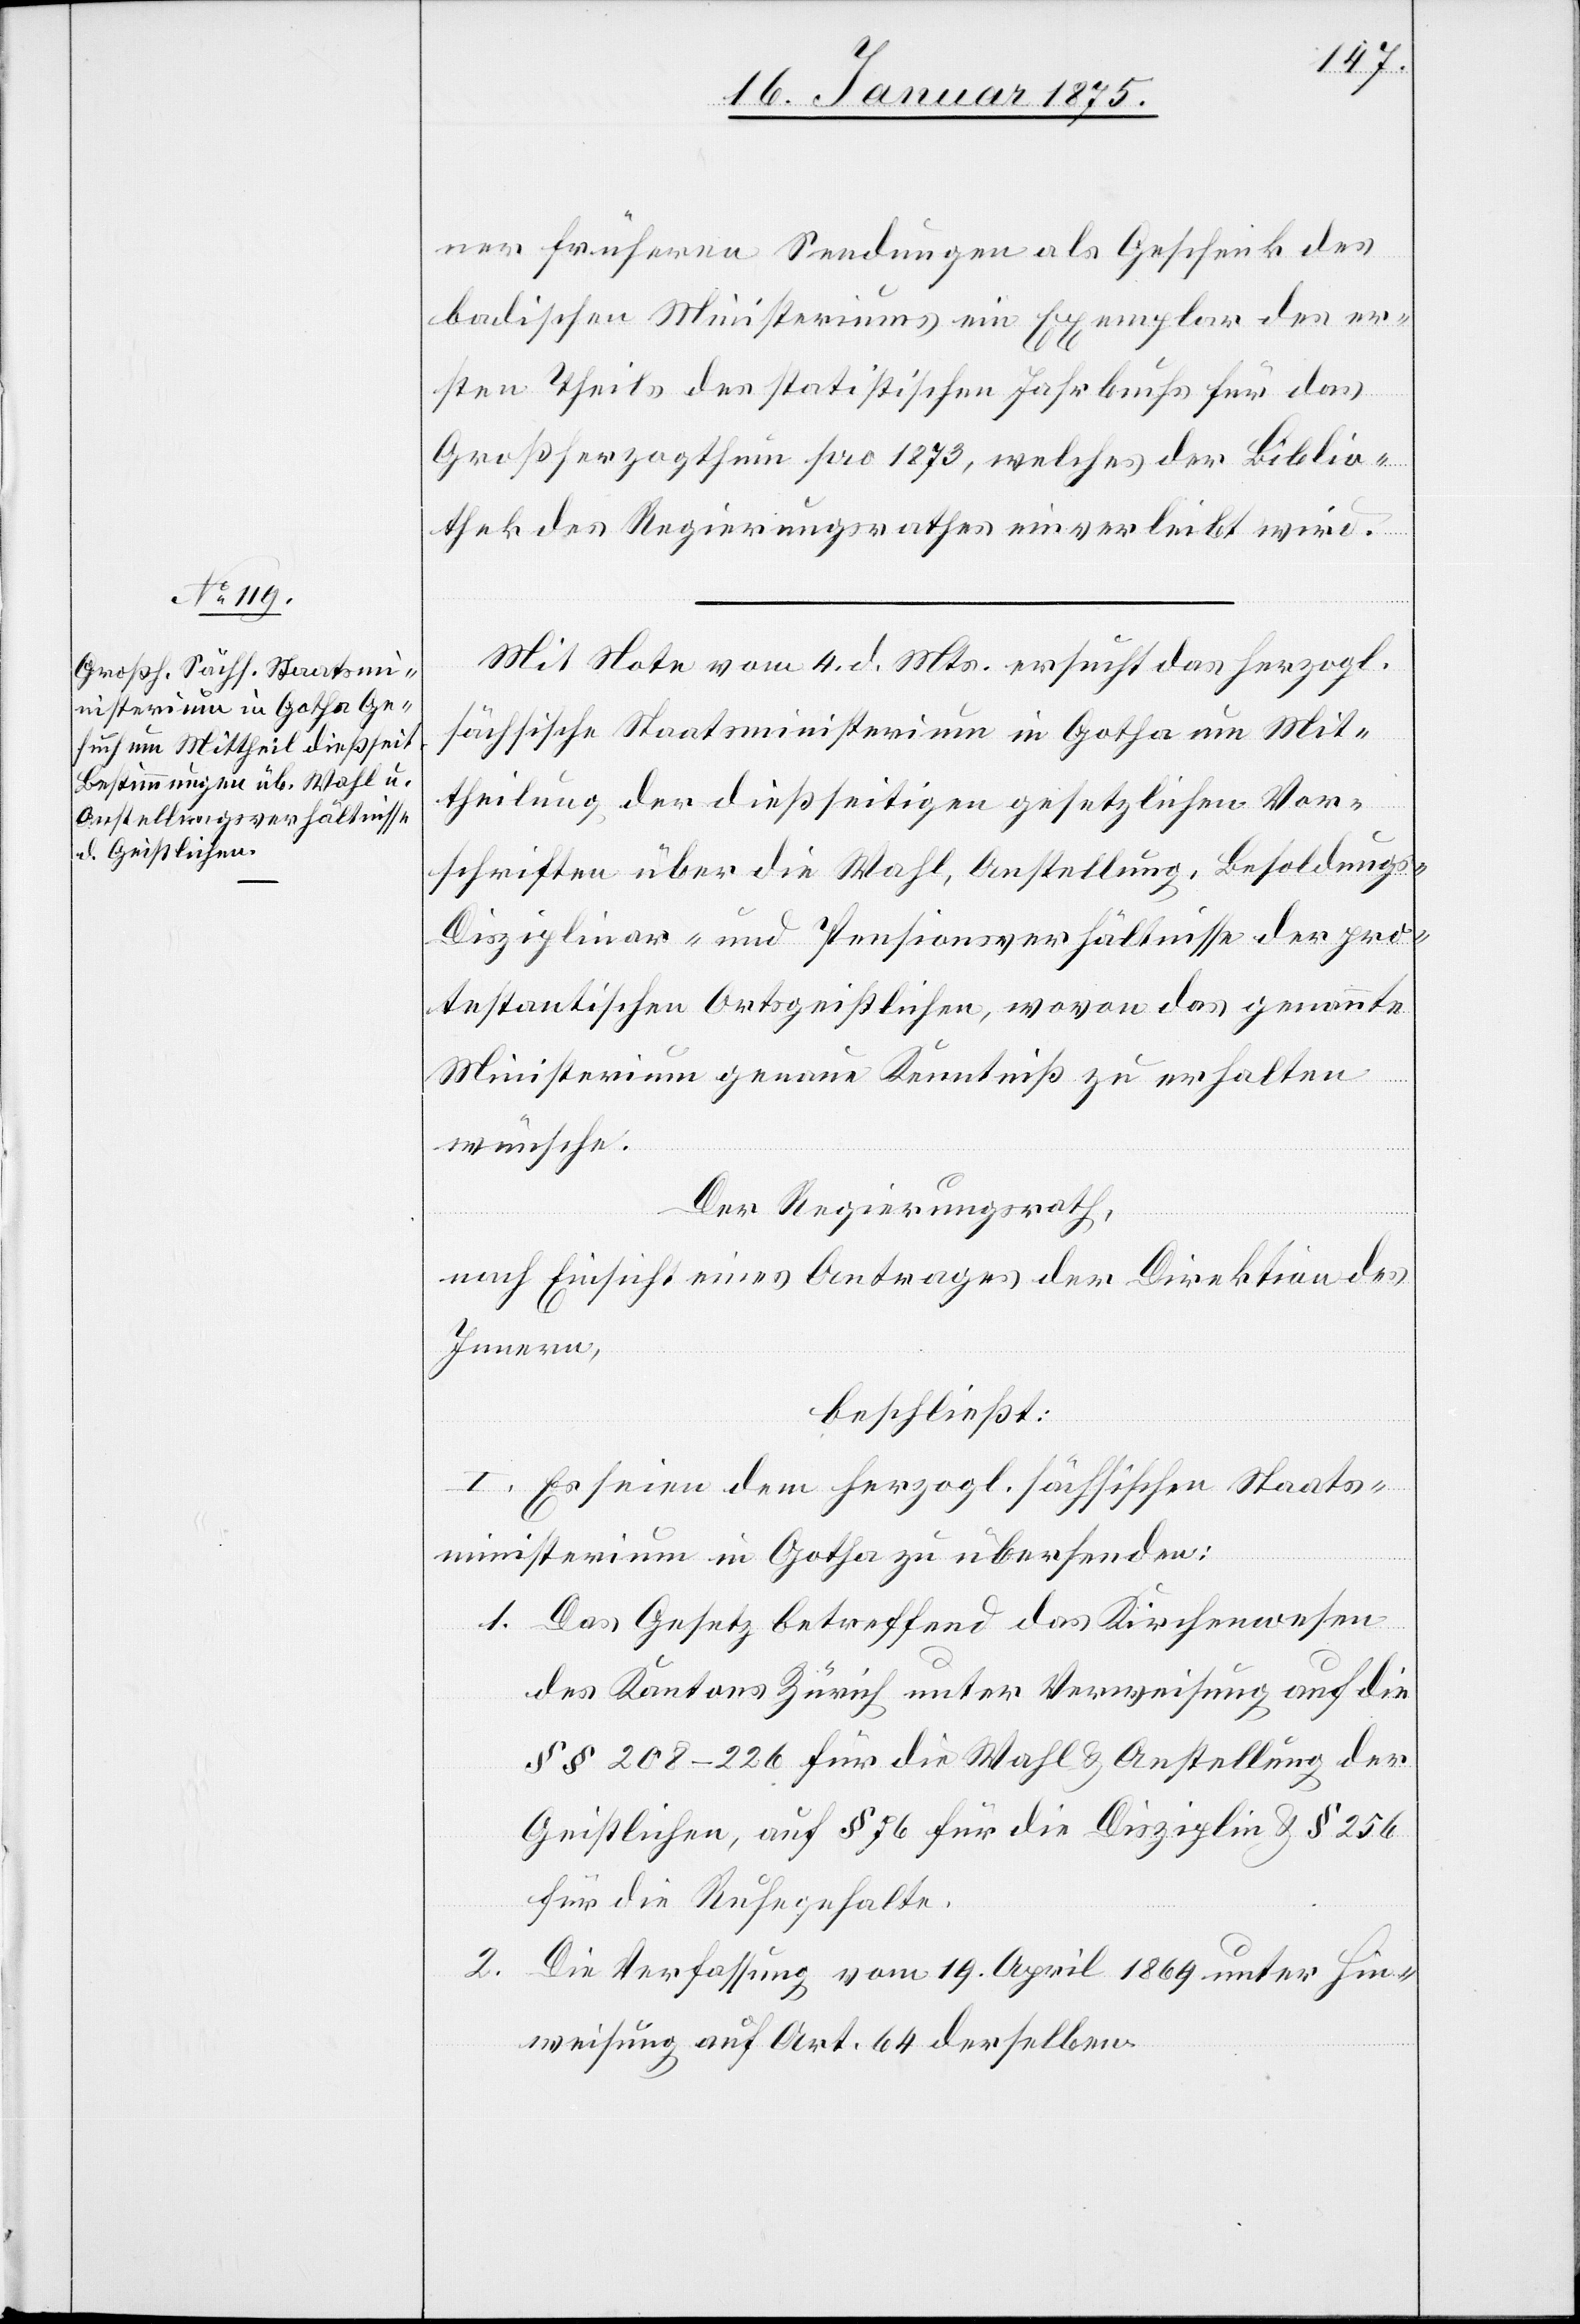
ner früheren Sendungen als Geschenk des
badischen Ministeriums ein Exemplar des er¬
sten Theil des statistischen Jahresbuchs für das
Großherzogthum pro 1873, welches der Biblio¬
thek des Regierungsrathes einverleibt wird.
Mit Note vom 4. d. Mts. ersucht das herzogl.
sächsische Staatsministerium in Gotha um Mit¬
theilung der dießseitigen gesetzlichen Vor¬
schriften über die Wahl, Anstellung, Besoldungs-[,]
Disziplinar- und Pensionsverhältnisse der pro¬
testantischen Ortsgeistlichen, wovon das genannte
Ministerium genaue Kenntniß zu erhalten
wünsche.
Der Regierungsrath,
nach Einsicht eines Antrages der Direktion des
Innern,
beschließt:
I. Es seien dem herzogl. sächsischen Staats¬
ministerium in Gotha zu übersenden:
1. Das Gesetz betreffend das Kirchenwesen
des Kantons Zürich unter Verweisung auf die
§§ 208–226 für die Wahl & Anstellung der
Geistlichen, auf § 76 für die Disziplin & § 256
für die Ruhegehalte.
2. Die Verfassung vom 19. April 1869 unter Hin¬
weisung auf Art. 64 derselben.